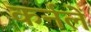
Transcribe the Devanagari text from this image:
कर्नलें